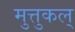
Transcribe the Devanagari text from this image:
मुत्तुकल्